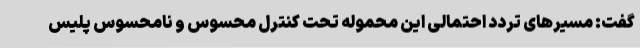
گفت: مسیرهای تردد احتمالی این محموله تحت کنترل محسوس و نامحسوس پلیس